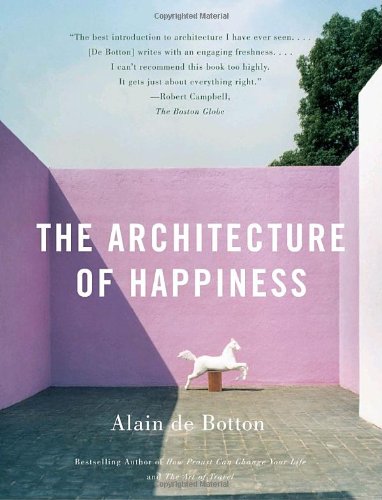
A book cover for The Architecture of Happiness; Alain De Botton; Politics & Social Sciences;